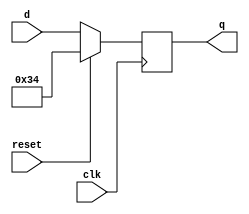
module top_module (
    input clk,
    input reset,
    input [7:0] d,
    output [7:0] q
);

always @(negedge clk) begin
    if (reset)
        q <= 8'h34;
    else
        q <= d;
end

endmodule